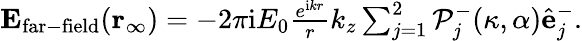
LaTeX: \begin{array}{r}{\mathbf{E_{\mathrm{far-field}}}(\mathbf{r_{\infty}})=-2\pi\mathrm{i}E_{0}\frac{e^{\mathrm{i}kr}}{r}k_{z}\sum_{j=1}^{2}\mathcal{P}_{j}^{-}(\kappa,\alpha)\hat{\mathbf{e}}_{j}^{-}.}\end{array}